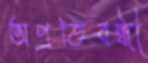
অপ্রতিবন্ধী